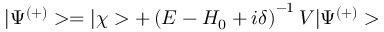
| \Psi ^ { ( + ) } > = | \chi > + \left( E - H _ { 0 } + i \delta \right) ^ { - 1 } V | \Psi ^ { ( + ) } > \;